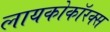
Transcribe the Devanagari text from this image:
लायकोकॉरक्स